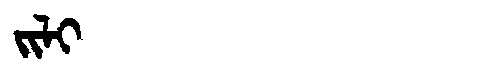
Manchu: ᠵᡳᠯᡳ
Romanization: JILI